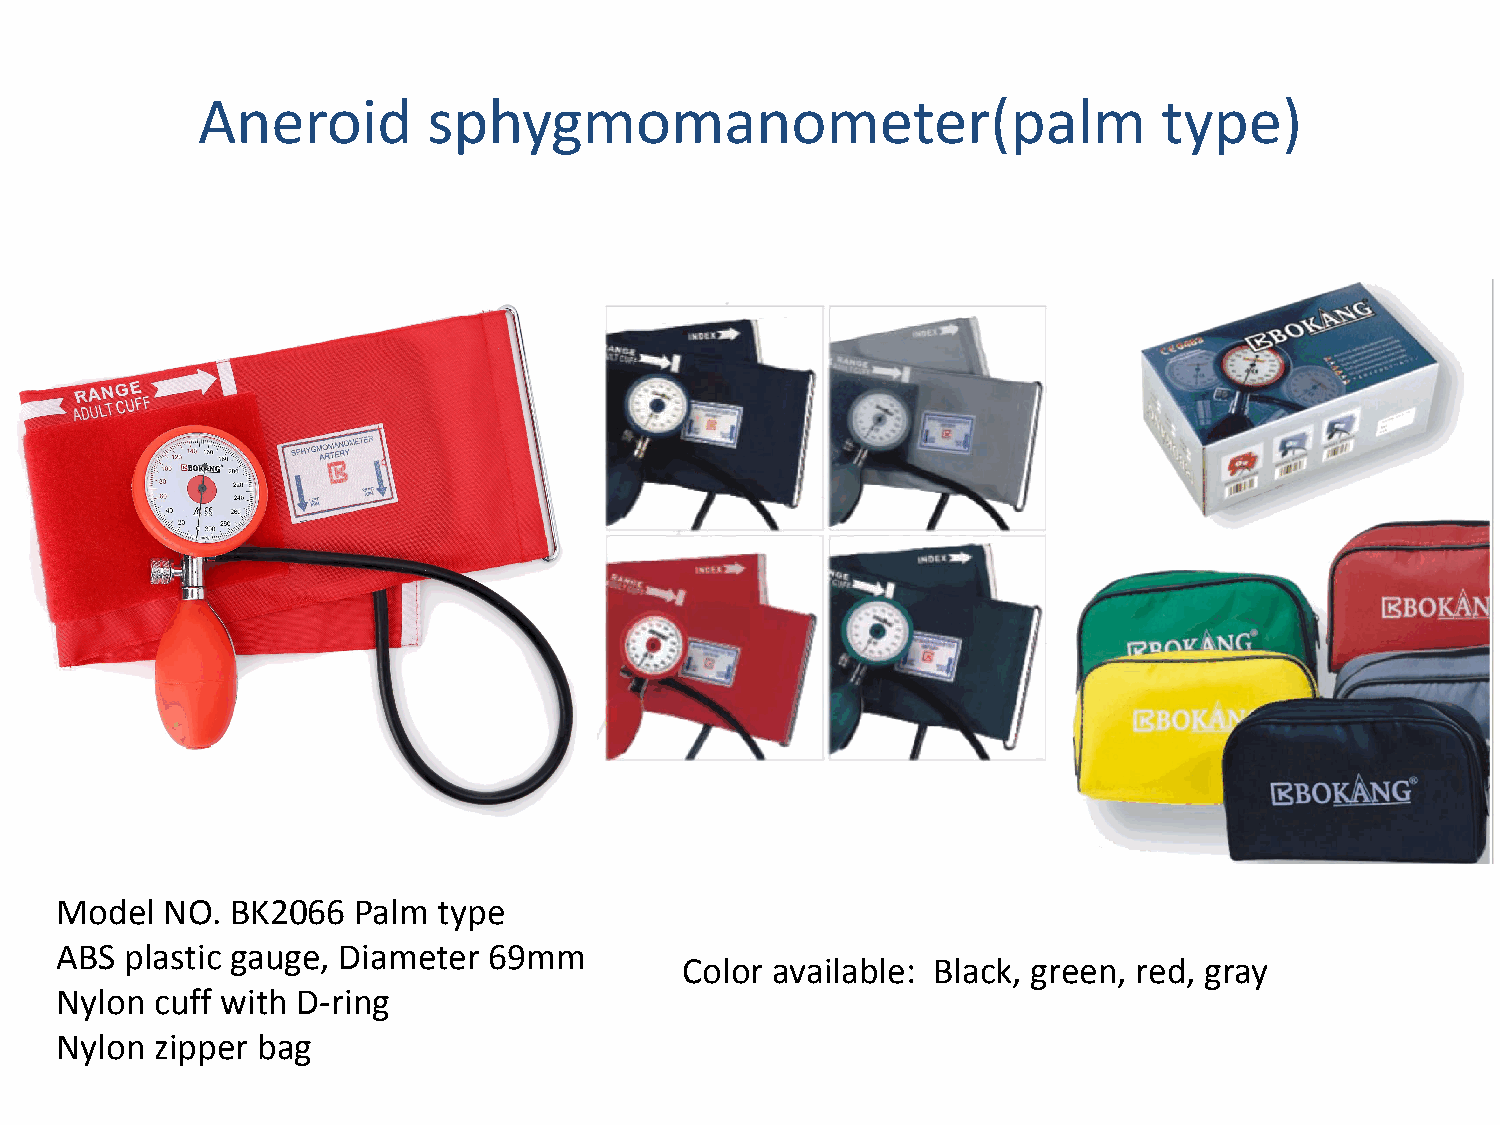
Aneroid        sphygmomanometer(palm                            type)
 Model  NO. BK2066  Palm  type
 ABS plastic gauge, Diameter 69mm
 Color available: Black, green, red, gray
 Nylon cuff with D-ring
 Nylon zipper bag